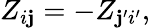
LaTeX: Z_{i\mathbf{j}}=-Z_{\mathbf{j}{'}i{'}},